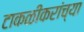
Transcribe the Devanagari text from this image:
टाकळीकरांच्या